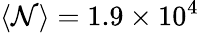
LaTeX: \langle\mathcal{N}\rangle=1.9\times10^{4}